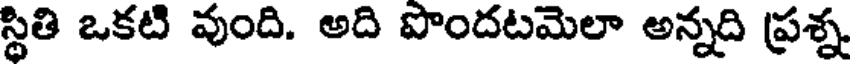
స్థితి ఒకటి వుంది. అది పొందటమెలా అన్నది ప్రశ్న